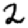
Digit: 2